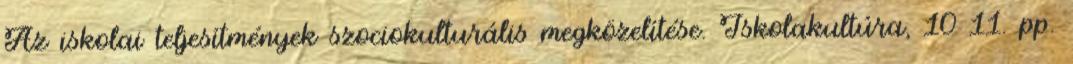
Az iskolai teljesítmények szociokulturális megközelítése. Iskolakultúra, 10 11. pp.